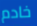
خادم